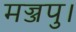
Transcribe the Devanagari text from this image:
मज्जपु।